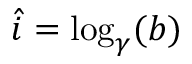
\hat { i } = \log _ { \gamma } ( b )